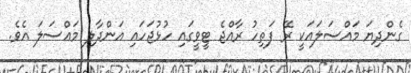
ގެންދިޔަ މައްސަލައަކީ ރޭ ފަތިހު ރާއްޖެ ޓީވީގައި ހުޅުޖަހައި އަންދާލި މައްސަލަ އެވެ.